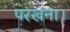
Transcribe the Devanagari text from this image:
परखना।